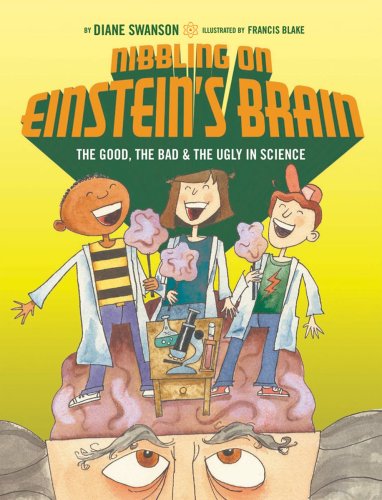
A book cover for Nibbling on Einstein's Brain: The Good, the Bad and the Bogus in Science; Diane Swanson; Children's Books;